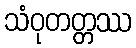
သံဝုတတ္တဿ